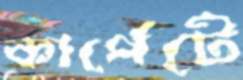
কার্পেটে